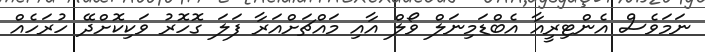
ނަމަވެސް އެންޓިރީއާ އެބްޑަމިނަލް ވޯލް އާއި މައްޗަށްއަރާ ފަލަ ގޮހޮރު ވަކިކޮށްދޭ ހުރަހެއް